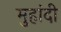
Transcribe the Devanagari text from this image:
मुहांदी